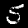
Label: 5